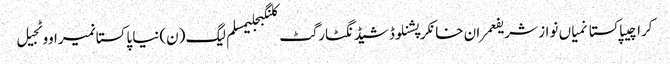
کراچیپاکستانمیاں نواز شریفعمران خانکرپشنلوڈشیڈنگٹارگٹ کلنگبجلیمسلم لیگ (ن)نیا پاکستانمیراووٹجیل